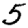
Digit: 5